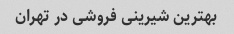
بهترین شیرینی فروشی در تهران